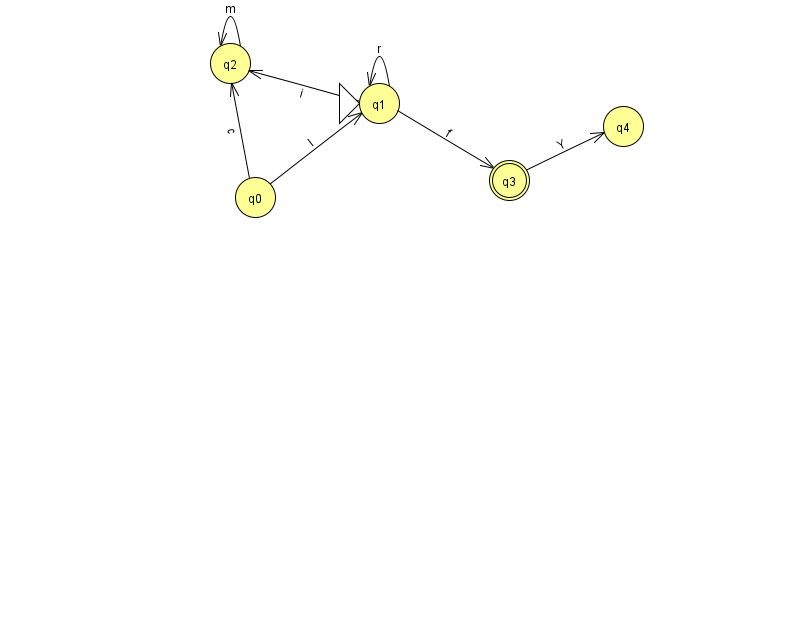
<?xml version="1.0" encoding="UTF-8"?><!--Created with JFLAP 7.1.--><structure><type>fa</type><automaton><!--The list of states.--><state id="0" name="q0"><x>255.0</x><y>184.0</y></state><state id="1" name="q1"><x>379.0</x><y>90.0</y><initial/></state><state id="2" name="q2"><x>230.0</x><y>50.0</y></state><state id="3" name="q3"><x>509.0</x><y>167.0</y><final/></state><state id="4" name="q4"><x>623.0</x><y>113.0</y></state><!--The list of transitions.--><transition><from>1</from><to>1</to><read>r</read></transition><transition><from>1</from><to>3</to><read>f</read></transition><transition><from>1</from><to>2</to><read>i</read></transition><transition><from>3</from><to>4</to><read>Y</read></transition><transition><from>0</from><to>1</to><read>I</read></transition><transition><from>2</from><to>2</to><read>m</read></transition><transition><from>0</from><to>2</to><read>c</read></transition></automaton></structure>